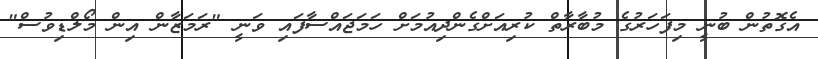
އެގޮތުން ބުނީ މިފަހަރުގެ މުބާރާތް ކުރިއަށްގެންދިއުމަށް ހަމަޖައްސާފައި ވަނީ "ރަމަޒާން އިން މޯލްޑިވުސް"